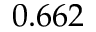
0 . 6 6 2